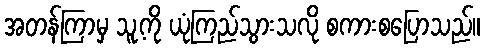
အတန်ကြာမှ သူ့ကို ယုံကြည်သွားသလို စကားစပြောသည်။